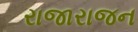
રાજારાજન